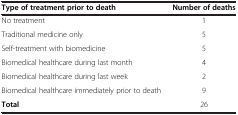
| Type of treatment prior to death | Number of deaths |
 | --- | --- |
 | No treatment | 1 |
 | Traditional medicine only | 5 |
 | Self-treatment with biomedicine | 5 |
 | Biomedical healthcare during last month | 4 |
 | Biomedical healthcare during last week | 2 |
 | Biomedical healthcare immediately prior to death | 9 |
 | Total | 26 |